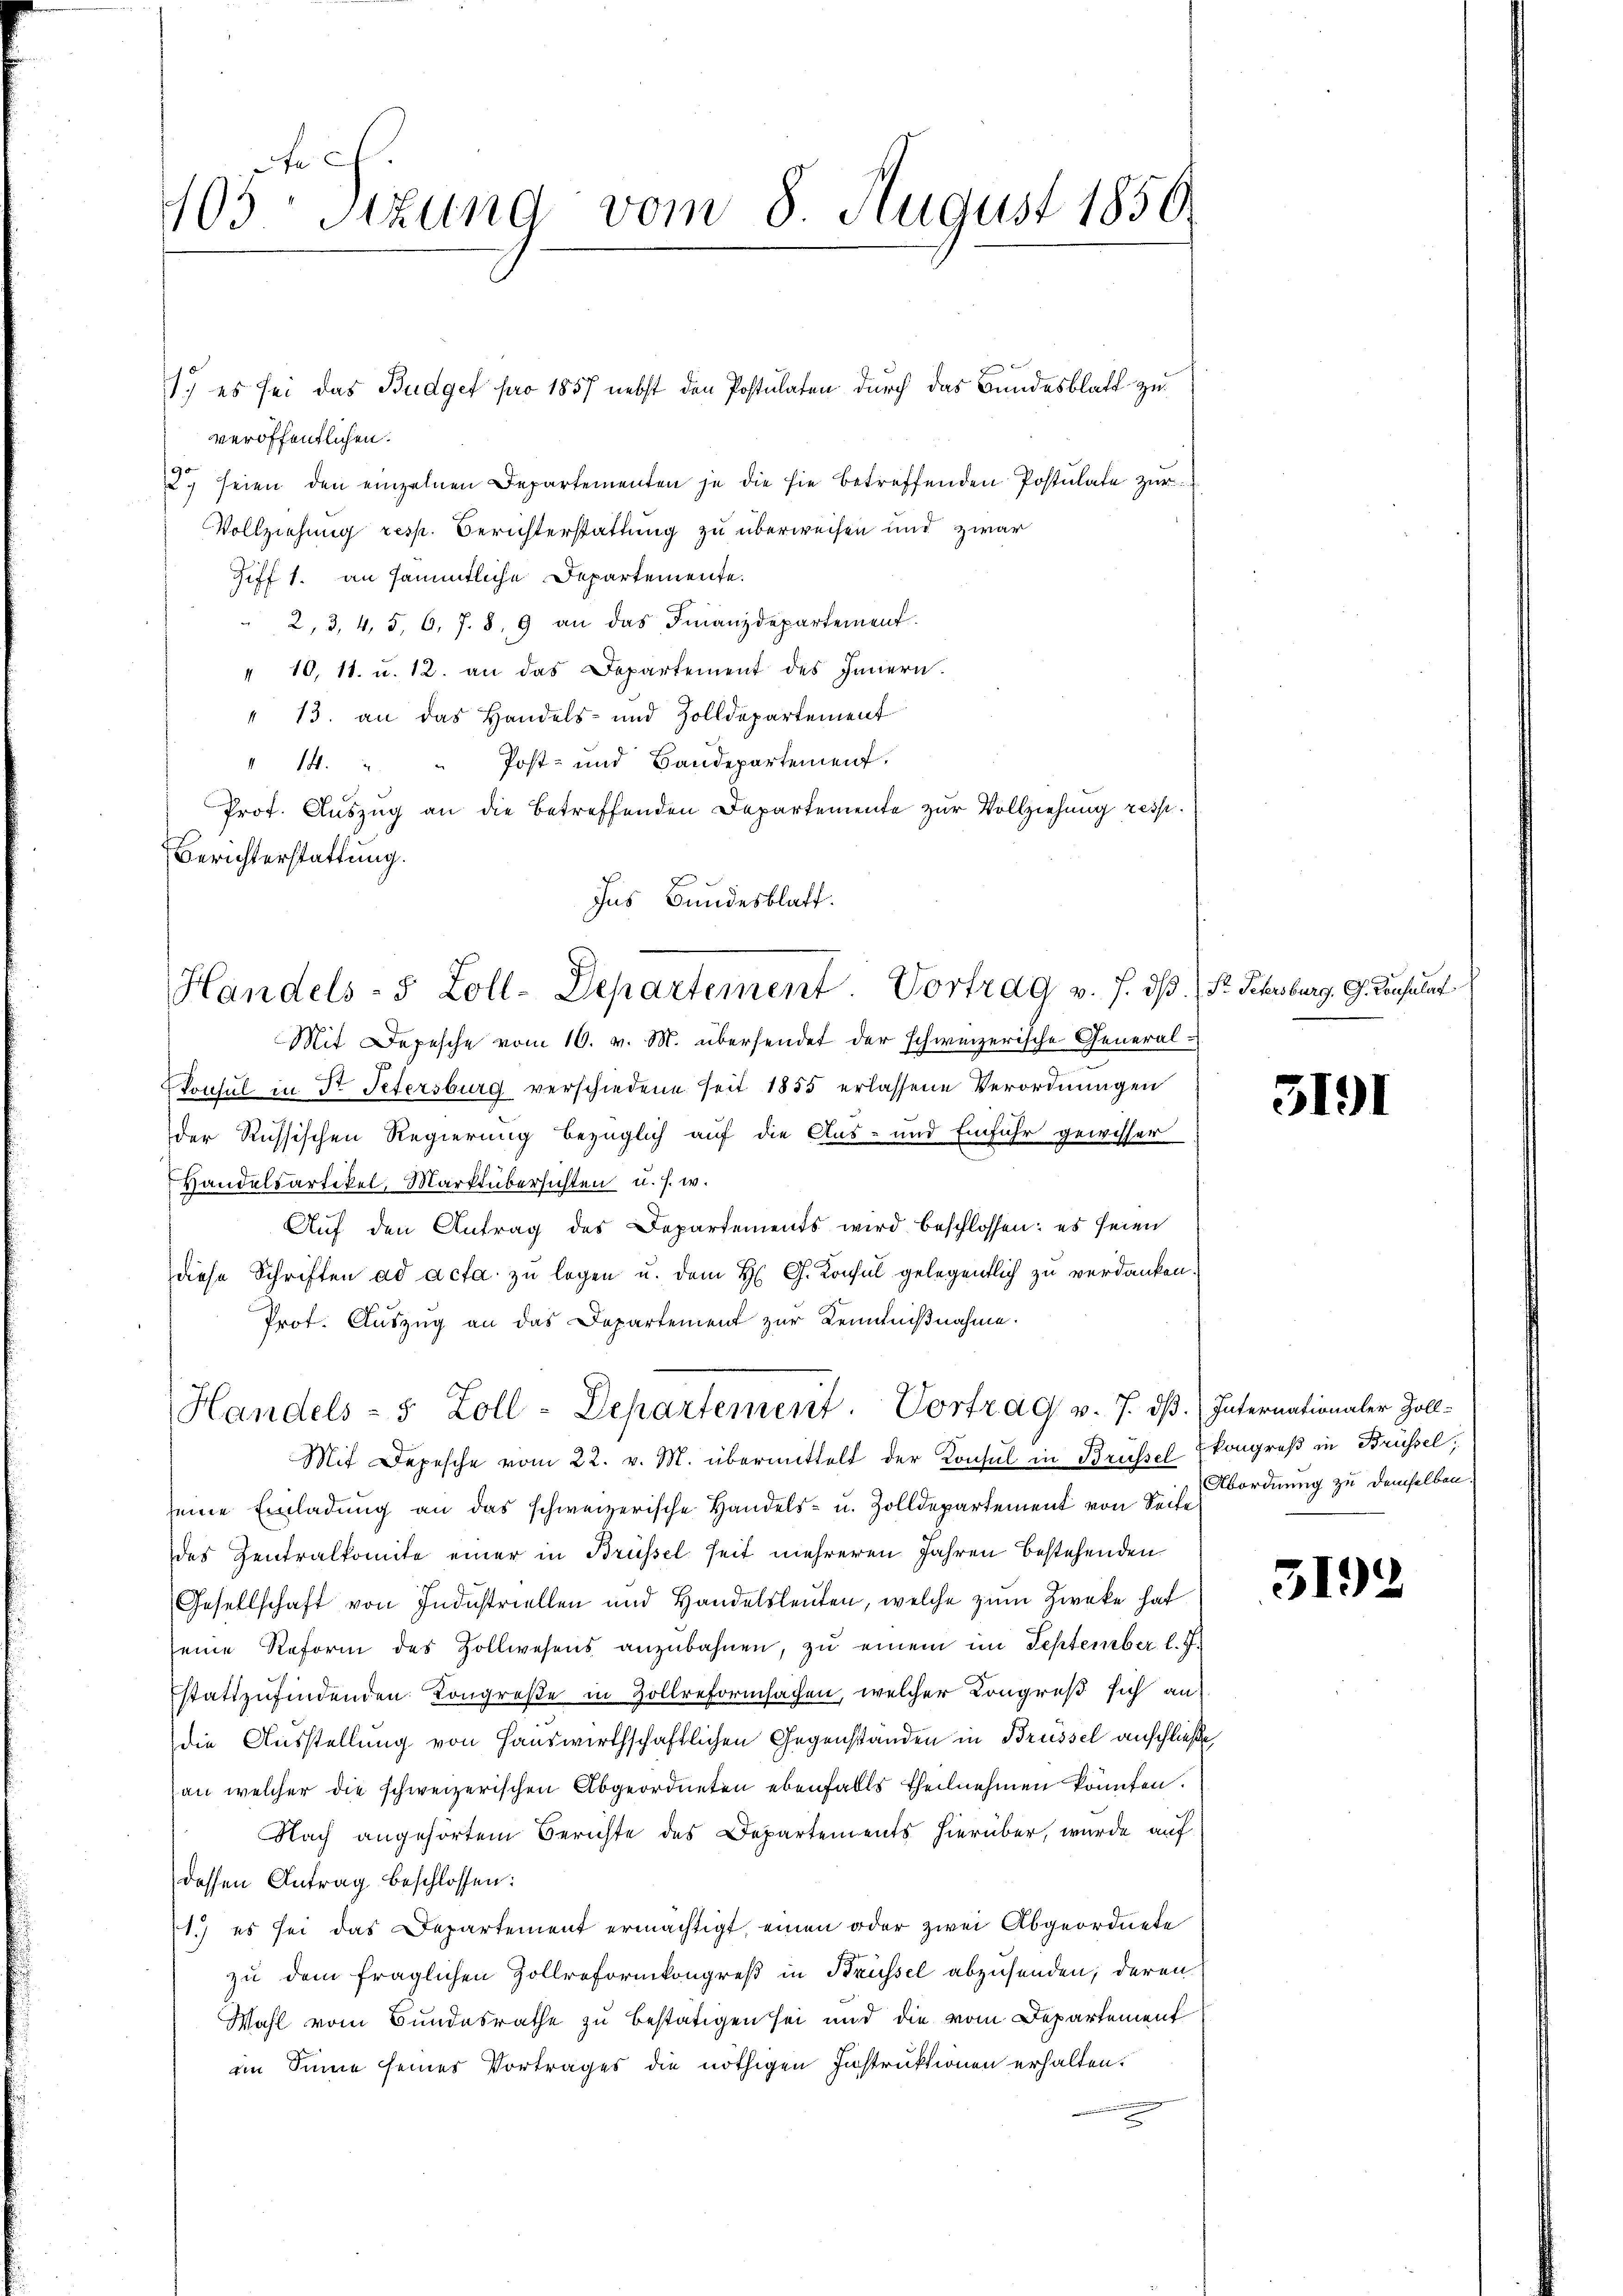
e
103. Sitzung vom 8. August 1850.

1.) es sei das Budget pro 1857 nebst den Postulaten durch das Bundesblatt zu
veröffentlichen.
12 seien den einzelnen Departementen je die sie betreffenden Postulate zur
Vollziehung resp. Berichterstattung zu überweisen und zwar
Giff 1. an sämmtliche Departemente.
2, 3, 4, 5, 6, 7. 8. 9 an das Finanzdepartement.
" 10, 11. u. 12. an das Departement des Innern.
" 13. an das Handels- und Zolldepartement
" 14. " " Post- und Bandepartement.
Prot. Auszug an die betreffenden Departemente zur Vollziehung resp.
Berichterstattung.
Ins Bundesblatt.

Handels- 5 Zoll-Departement. Vortrag v. J. dβ. (Fr. Scherburg. G. Consulat

Mit Depesche vom 10. v. M. übersendet der schweizerische General-
Konsul in St. Petersburg verschiedene seit 1855 erlassene Verordnungen
der Russischen Regierung bezüglich auf die Aus- und Einfuhr gewisser
Handelsartikel, Marktübersichten u. s. w.
Auf den Antrag des Departements wird beschlossen: es seien
diese Schriften ad acta zu legen u. dem H. G. Konsul gelegentlich zu verdanken.
Prot. Auszug an das Departement zur Kenntnißnahme.

Handels- 5 Zoll-Departement. Vortrag v. 7. dß. Internationaler Zoll-

Mit Depesche vom 22. v. M. übermittelt der Konsul in Brüssel
seine Einladung an das schweizerische Handels- u. Zolldepartement von Zeit ordnung zu demselben
des Zentralkomite einer in Brüssel seit mehreren Jahren bestehenden
Gesellschaft von Industriellen und Handelsleuten, welche zum Zwecke hat
seine Reform des Zollwesens anzŭbahnen, zu einem im September l. J.
stattzufindenden Kongreße in Zollreformsachen, welcher Kongreß sich an
die Ausstellung von Hauswirthschaftlichen Gegenstanden in Brüssel anschließe
an welcher die schweizerischen Abgeordneten ebenfalls theilnehmen könnten.
Nach angehörtem Berichte des Departements hierüber, wurde auf
dessen Antrag beschlossen:
1.) es sei das Departement ermächtigt, einen oder zwei Abgeordnete
zu dem fraglichen Zollreformkongreß in Brüssel abzusenden, deren
Wahl vom Bundesrathe zu bestätigen sei und die vom Departement
im Sinne seines Vortrages die nöthigen Instruktionen erhalten.

5191

kongreß in Brüssel,

3192